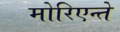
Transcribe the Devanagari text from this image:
मोरिएन्ते